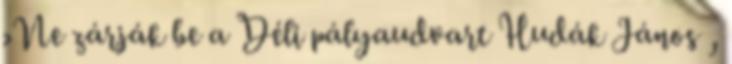
›Ne zárják be a Déli pályaudvart Hudák János ,